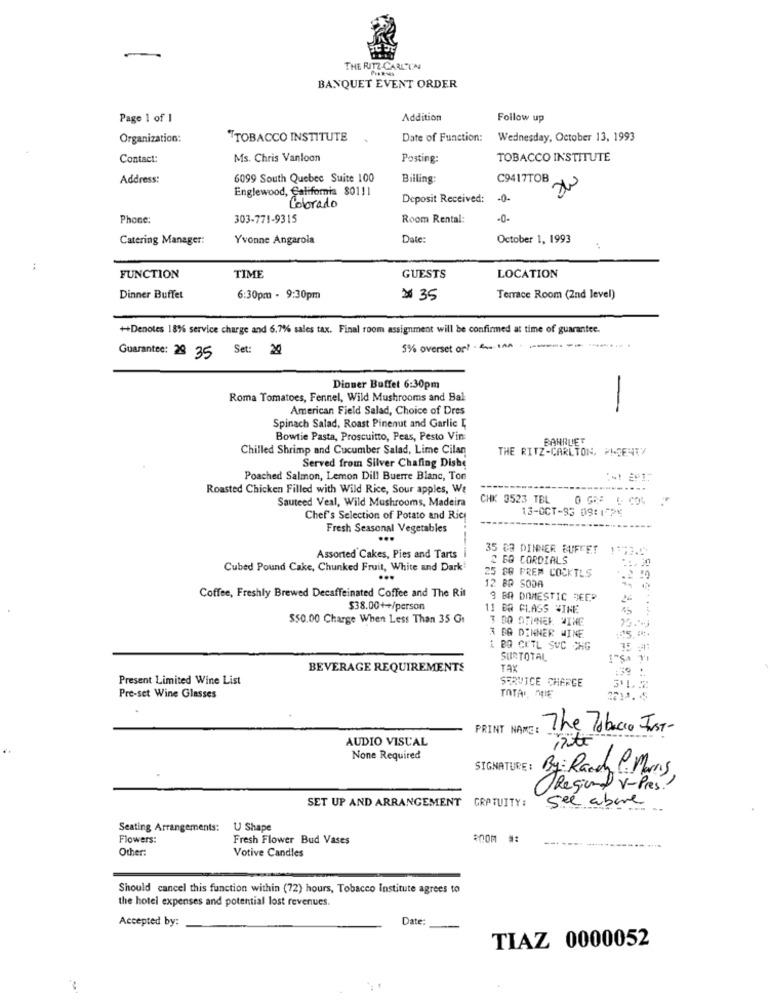
THE RITZ-CARLTI'N
BANQUET EVENT ORDER
Page 1 of 1
Addition
Follow up
Organization:
"TOBACCO INSTITUTE
Date of Function:
Wednesday, October 13, 1993
Contact:
Ms. Chris Vanloon
Posting:
TOBACCO INSTITUTE
Address:
6099 South Quebec Suite 100
Billing:
C9417TOB
Englewood, California 80111
Deposit Received:
-0-
Colorado
Phone:
303-771-9315
Room Rental:
-0-
Catering Manager:
Yvonne Angarola
Date
October 1, 1993
FUNCTION
TIME
GUESTS
LOCATION
Dinner Buffet
6:30pm - 9:30pm
$35
Terrace Room (2nd level)
++Denotes 18% service charge and 6.7% sales tax. Final room assignment will be confirmed at time of guarantee.
Set: 29
5% overset or! - 1
--------...
Guarantee: 28 35
Dinner Buffet 6:30pm
Roma Tomatoes, Fennel, Wild Mushrooms and Bal
American Field Salad, Choice of Dres
-
Spinach Salad, Roast Pinenut and Garlic I,
Bowtie Pasta, Proscuitto, Peas, Pesto Vin:
BANRUIET
Chilled Shrimp and Cucumber Salad, Lime Cilan
THE RITZ-CARLTON, PLENTY
Served from Silver Chafing Dishe
Poached Salmon, Lemon Dill Buerre Blanc, Ton
Roasted Chicken Filled with Wild Rice, Sour apples, We
......
Sauteed Veal, Wild Mushrooms, Madeira
CHK 3523 TBL
13-OCT-93 09:172%
Chef's Selection of Potato and Ric
Fresh Seasonal Vegetables
-----
35 83 DINNER BUFFET
Assorted Cakes, Pies and Tarts
BQ CORDIALS
Cubed Pound Cake, Chunked Fruit, White and Dark
25 60 PREM COCKTLS
12 BR SODA
Coffee, Freshly Brewed Decaffeinated Coffee and The Rit
9 BR DOMESTIC DEEP
26
$38.00++/person
11 BR CLASS WINE
$50.00 Charge When Less Than 35 Gr
3 BO STINER WINE
3 BG DINNER WINE
1 BO CKTL SUC CHG
SURTOTAL
BEVERAGE REQUIREMENTS
Tax
.39
Present Limited Wine List
SERVICE CHARGE
311.2
Pre-set Wine Glasses
TOTAI, MIE
2211. 5
PRINT NAME:
E: The Tobacco Just-
AUDIO VISUAL
None Required
SIGNATURE : By: Ranch P. Morris
(Regional v-Pres?
SET UP AND ARRANGEMENT
GRATUITY:
see above
Seating Arrangements:
U Shape
Flowers:
Fresh Flower Bud Vases
Other:
Votive Candles
Should cancel this function within (72) hours, Tobacco Institute agrees to
the hotel expenses and potential lost revenues.
Accepted by:
Date
TIAZ 0000052